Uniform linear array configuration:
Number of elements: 8
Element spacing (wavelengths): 1
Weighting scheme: uniform
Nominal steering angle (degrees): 15
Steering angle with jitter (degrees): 13.072
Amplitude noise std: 0.05
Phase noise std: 0.05

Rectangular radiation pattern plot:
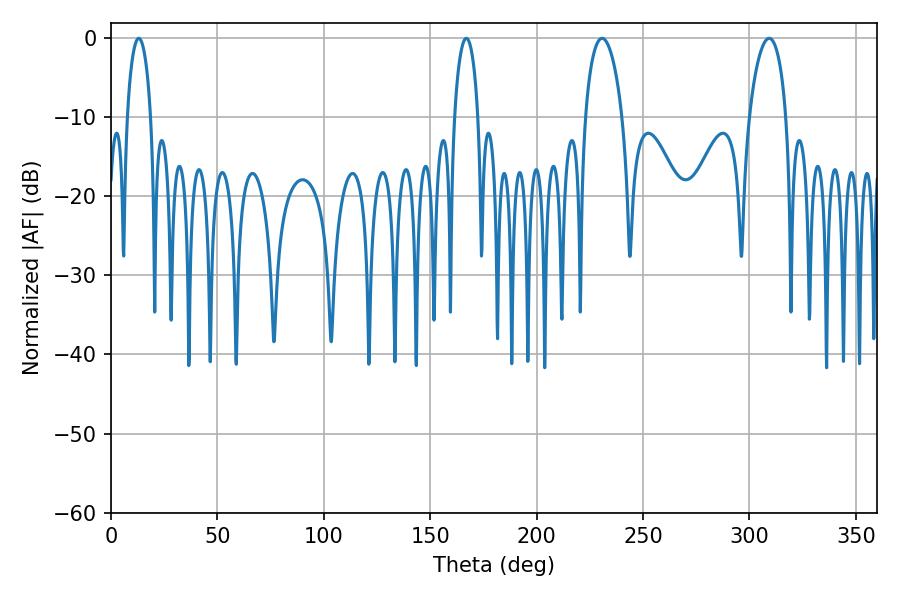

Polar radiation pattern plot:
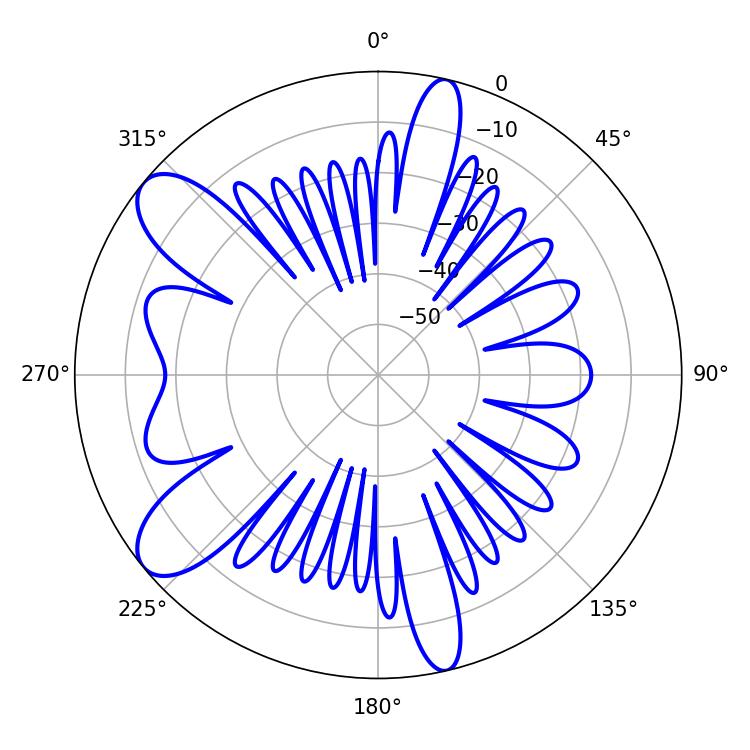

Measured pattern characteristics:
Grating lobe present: TRUE
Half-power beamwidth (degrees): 9.9
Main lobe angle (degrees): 230.76